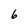
Character: 6